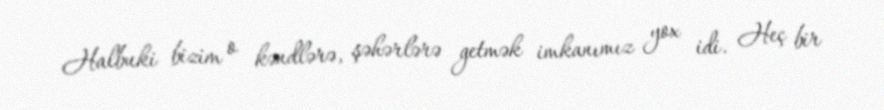
Halbuki bizim o kəndlərə, şəhərlərə getmək imkanımız yox idi. Heç bir